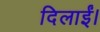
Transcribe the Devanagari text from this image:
दिलाईं।